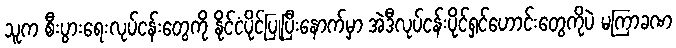
သူက စီးပွားရေးလုပ်ငန်းတွေကို နိုင်ငံပိုင်ပြုပြီးနောက်မှာ အဲဒီလုပ်ငန်းပိုင်ရှင်ဟောင်းတွေကိုပဲ မကြာခဏ